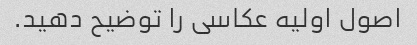
اصول اولیه عکاسی را توضیح دهید.